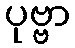
ပုဗ္ဗာ